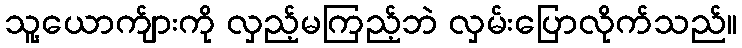
သူ့ယောက်ျားကို လှည့်မကြည့်ဘဲ လှမ်းပြောလိုက်သည်။